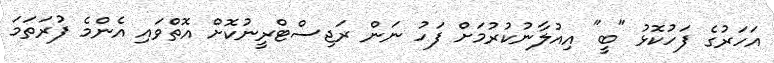
އަހަރުގެ ފަހުކޮޅު "ބީ" އިއުލާނުކުރުމަށް ފަހު ނަން ރަޖިސްޓްރީނުކޮށް އޮތްވައި އެންމެ ފުރަތަމަ